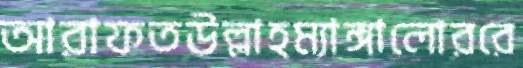
আরাফতউল্লাহম্যাঙ্গালোররে